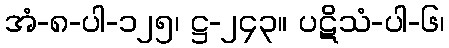
အံ-၈-ပါ-၁၂၅၊ ဋ္ဌ-၂၄၃။ ပဋိသံ-ပါ-၆၊